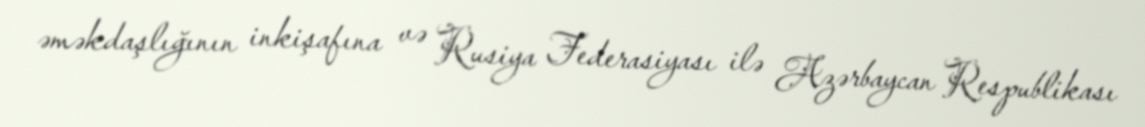
əməkdaşlığının inkişafına və Rusiya Federasiyası ilə Azərbaycan Respublikası